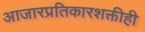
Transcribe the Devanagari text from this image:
आजारप्रतिकारशक्तीही